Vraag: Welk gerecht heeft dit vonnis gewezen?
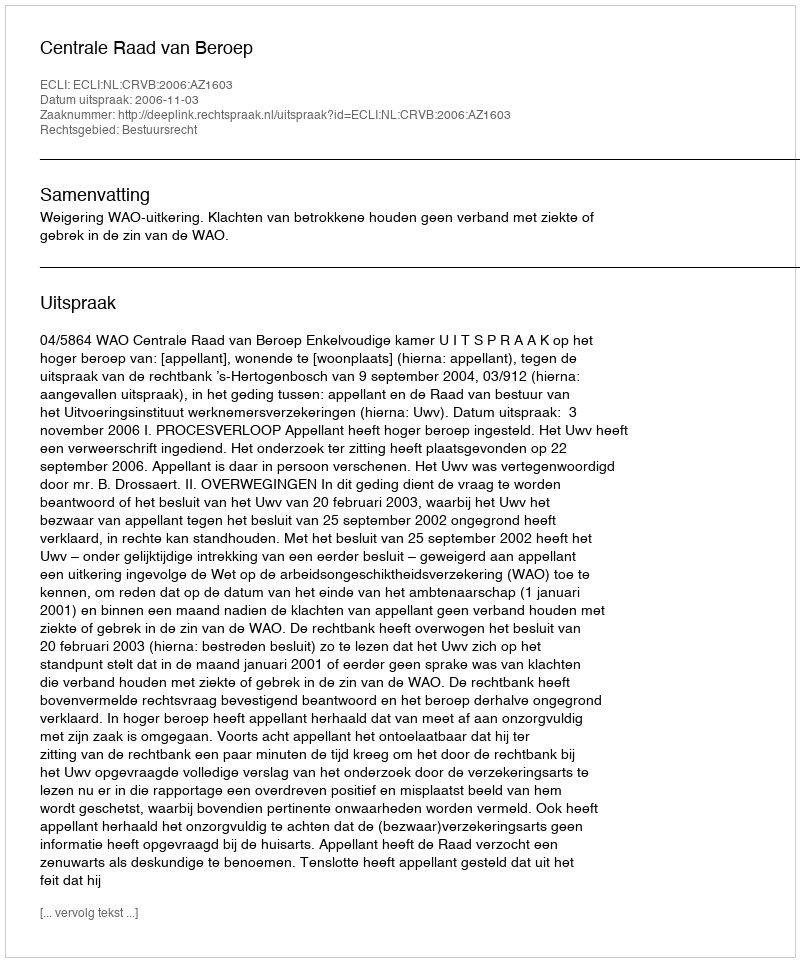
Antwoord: Centrale Raad van Beroep